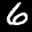
Label: 6